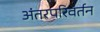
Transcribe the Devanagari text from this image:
अंतरपरिवर्तन